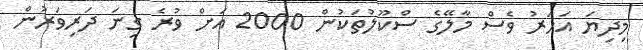
މިދިޔަ އަހަރު ވެސް މާލޭގެ ސްކޫލުތަކުން 2000 އަށް ވުރެ ގިނަ ދަރިވަރުން